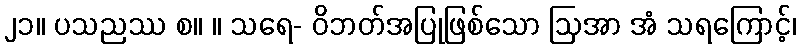
၂၁။ ပသညဿ စ။ ။ သရေ- ဝိဘတ်အပြုဖြစ်သော ဩအာ အံ သရကြောင့်၊